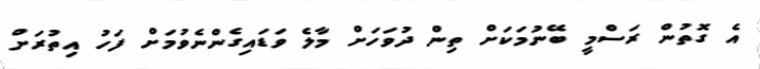
އެ ގޮތުން ރަސްމީ ބޭނުމަކަށް ތިން ދުވަހަށް މާލެ ވަޑައިގެންނެވުމަށް ފަހު އިތުރަށް